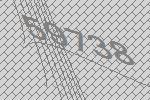
59738